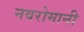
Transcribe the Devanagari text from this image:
नवरोमानी